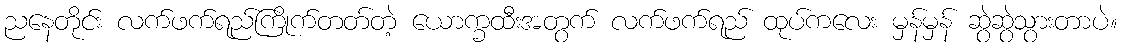
ညနေတိုင်း လက်ဖက်ရည်ကြိုက်တတ်တဲ့ ယောက္ခထီးအတွက် လက်ဖက်ရည် ထုပ်ကလေး မှန်မှန် ဆွဲဆွဲသွားတာပဲ။